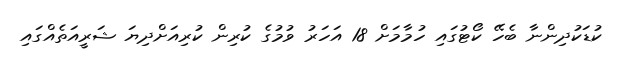
ކުޑަކުދިންނާ ބެހޭ ކޯޓުގައި ހުމާމަށް 18 އަހަރު ވުމުގެ ކުރިން ކުރިއަށްދިޔަ ޝަރީއަތެއްގައި